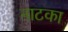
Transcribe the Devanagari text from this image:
नाटका